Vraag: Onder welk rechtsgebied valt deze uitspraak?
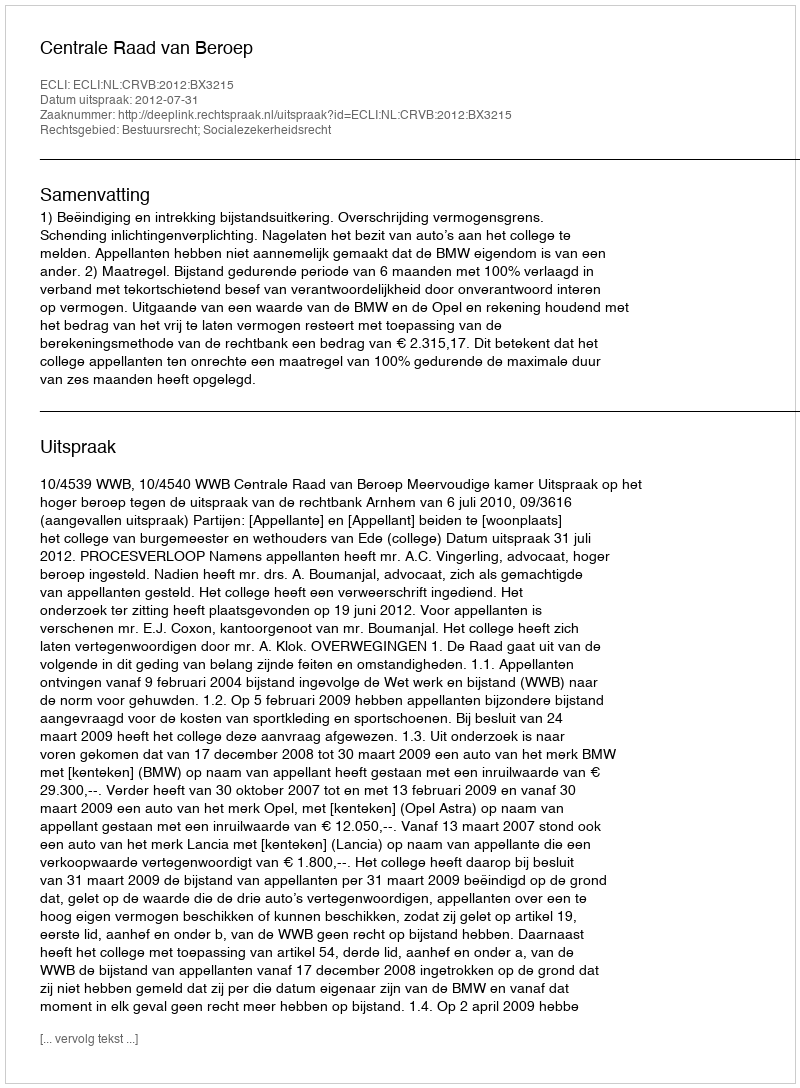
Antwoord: Bestuursrecht; Socialezekerheidsrecht